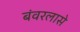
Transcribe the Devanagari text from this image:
बंवरलासे